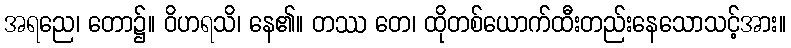
အရညေ၊ တော၌။ ဝိဟရသိ၊ နေ၏။ တဿ တေ၊ ထိုတစ်ယောက်ထီးတည်းနေသောသင့်အား။